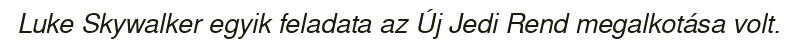
Luke Skywalker egyik feladata az Új Jedi Rend megalkotása volt.